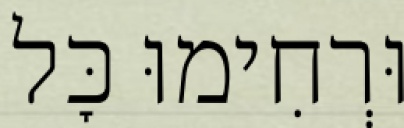
וּרְחִימוּ כׇּל